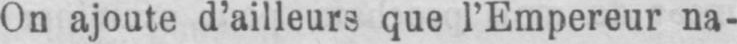
On ajoute d’ailleurs que l’Empereur na-